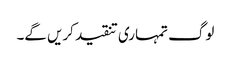
لوگ تمہاری تنقید کریں گے۔